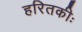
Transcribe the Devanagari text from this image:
हरितकीः